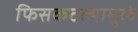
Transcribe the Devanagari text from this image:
फिसकटल्यामुळे